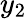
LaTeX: y_{2}